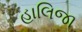
હાલિજા